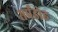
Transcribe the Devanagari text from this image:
सर्पडोह